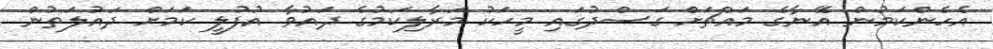
އެހެންކަމުން އޭނާގެ މައްޗަށް ގަސްދުގައި މީހަކު މަރާލިކަމުގެ ދައުވާ އުފުލީ ކަމަށް ދައުލަތުން